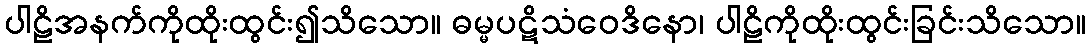
ပါဠိအနက်ကိုထိုးထွင်း၍သိသော။ ဓမ္မပဋိသံဝေဒိနော၊ ပါဠိကိုထိုးထွင်းခြင်းသိသော။